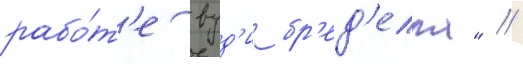
рабо́т'е вуд'и бр'ед'елла" //